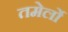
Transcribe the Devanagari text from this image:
तमेर्लो